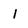
Character: 1